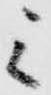
ミ